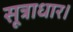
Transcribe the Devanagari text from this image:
सूत्राधार।